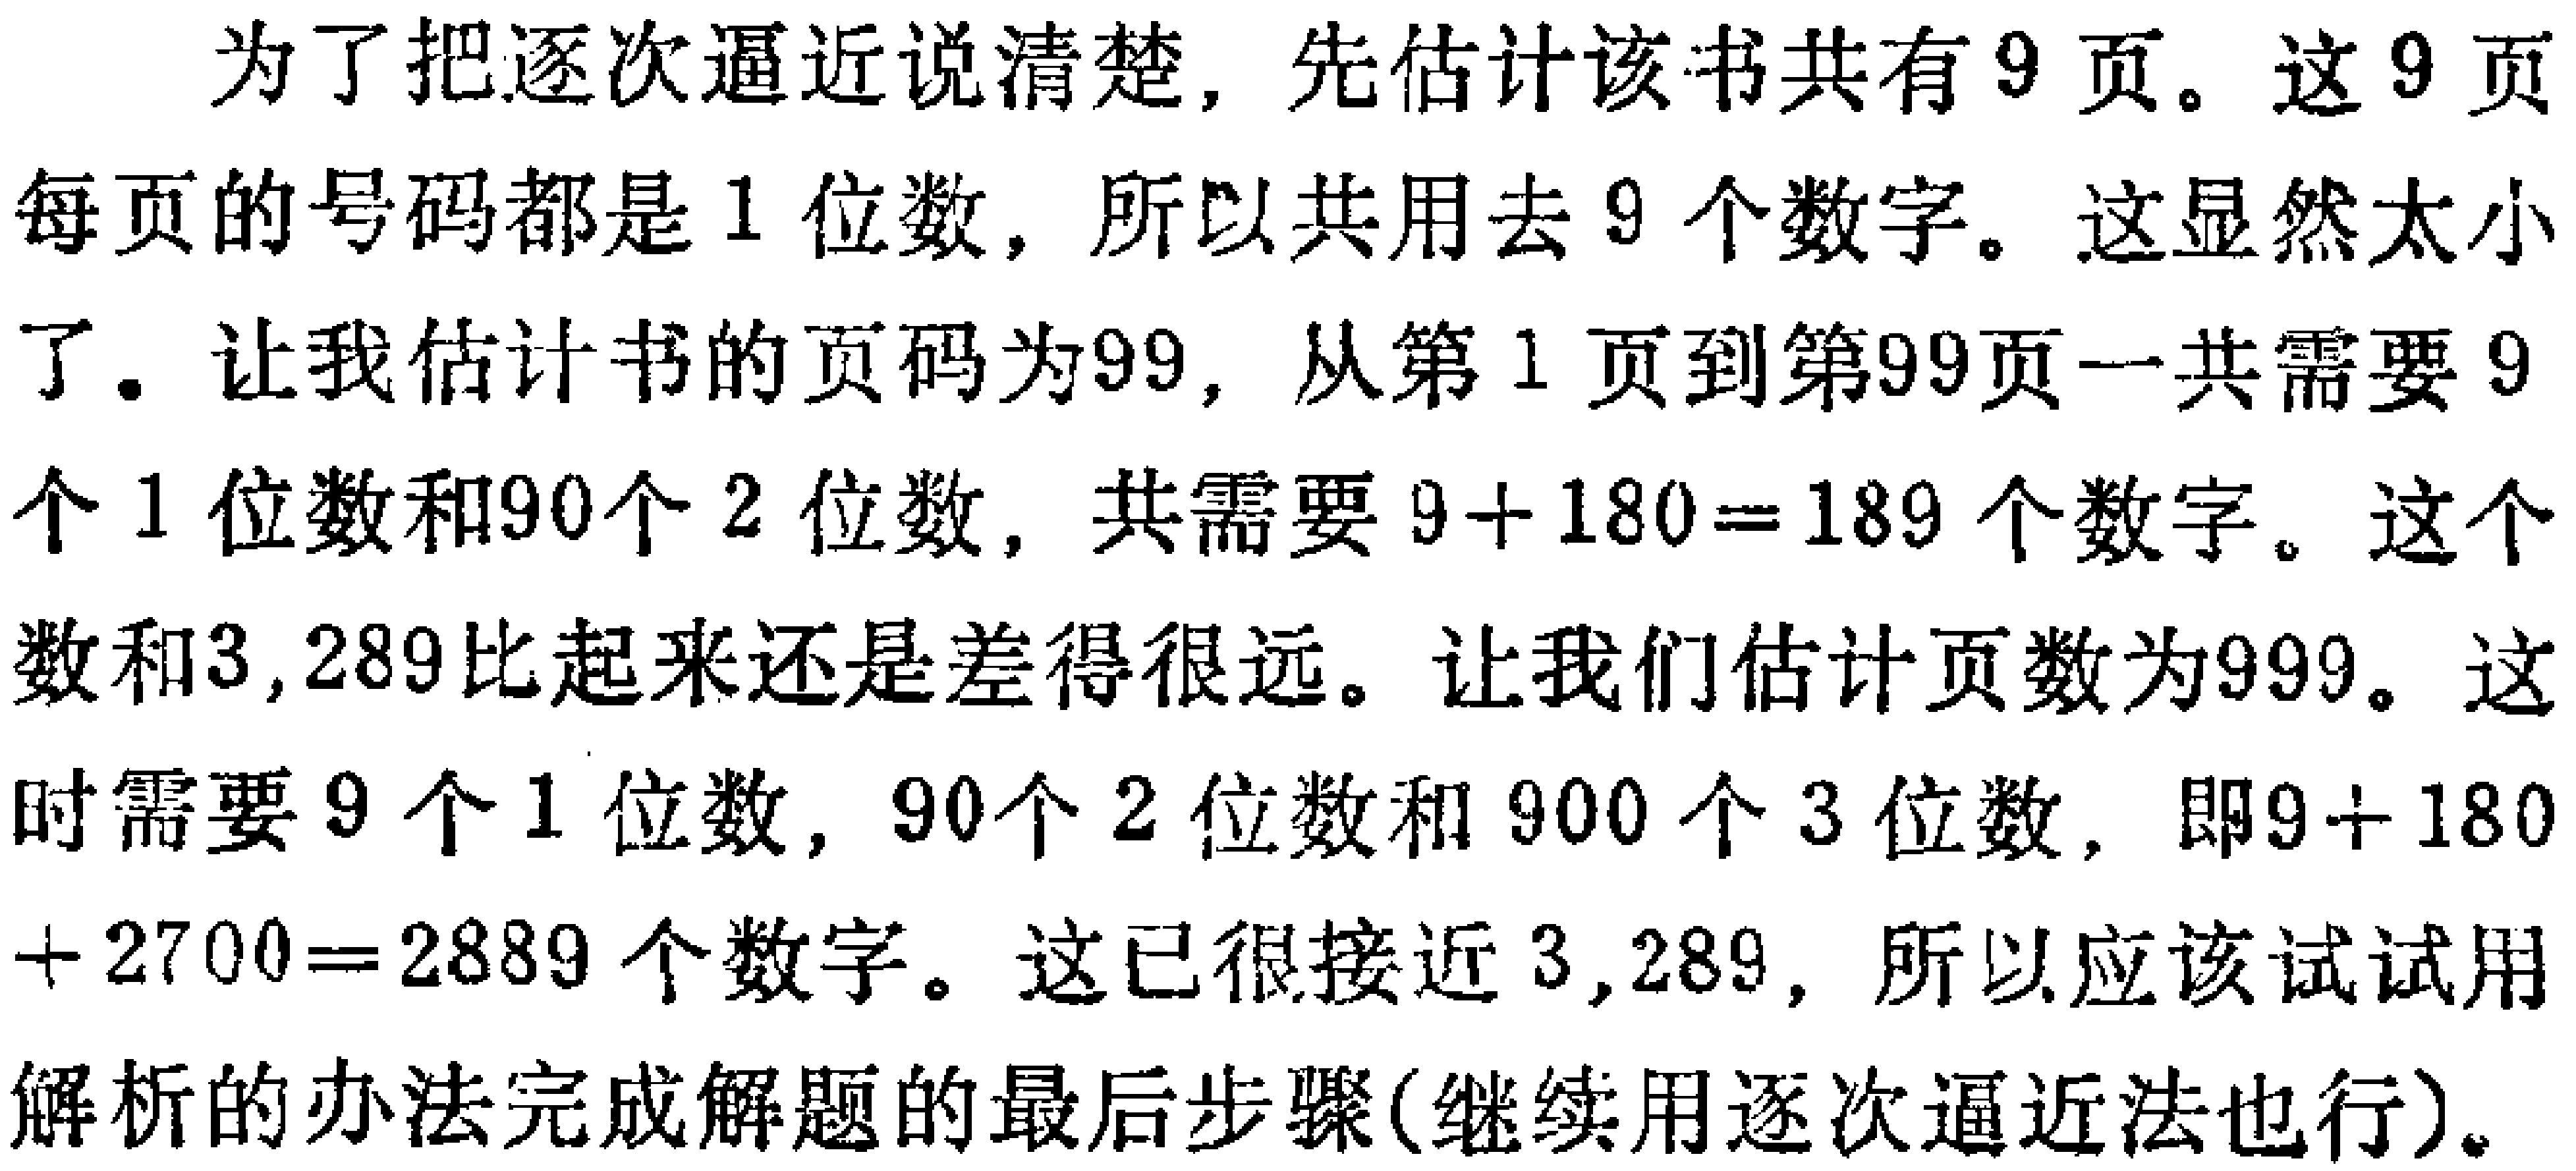
为了把逐次逼近说清楚，先估计该书共有9页。这9页每页的号码都是1位数，所以共用去9个数字。这显然太小了。让我估计书的页码为99，从第1页到第99页一共需要9个1位数和90个2位数，共需要\(9 + 180 = 189\)个数字。这个数和3,289比起来还是差得很远。让我们估计页数为999。这时需要9个1位数，90个2位数和900个3位数，即\(9 + 180+ 2700 = 2889\)个数字。这已很接近3,289，所以应该试试用解析的办法完成解题的最后步骤(继续用逐次逼近法也行)。